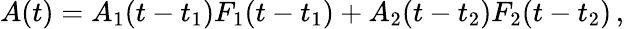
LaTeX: \begin{array}{r}{A(t)=A_{1}(t-t_{1})F_{1}(t-t_{1})+A_{2}(t-t_{2})F_{2}(t-t_{2})\, ,}\end{array}